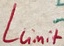
Text: Llimit